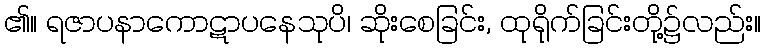
၏။ ရဇာပနာကောဋာပနေသုပိ၊ ဆိုးစေခြင်း, ထုရိုက်ခြင်းတို့၌လည်း။